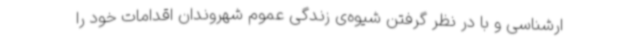
ارشناسی و با در نظر گرفتن شیوه‌ی زندگی عموم شهروندان اقدامات خود را